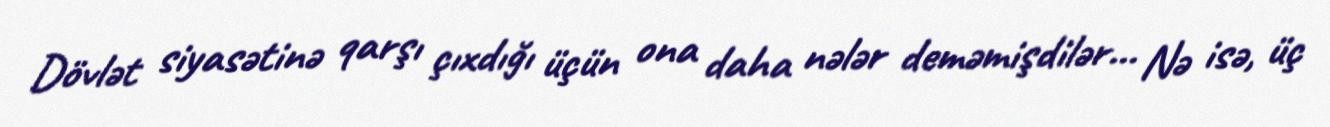
Dövlət siyasətinə qarşı çıxdığı üçün ona daha nələr deməmişdilər... Nə isə, üç